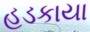
હડકાયા